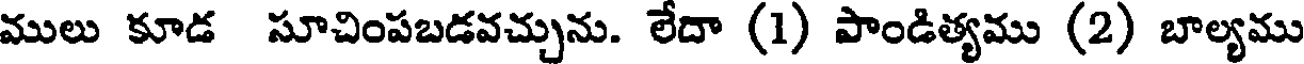
ములు కూడ సూచింపబడవచ్చును. లేదా (1) పాండిత్యము (2) బాల్యము